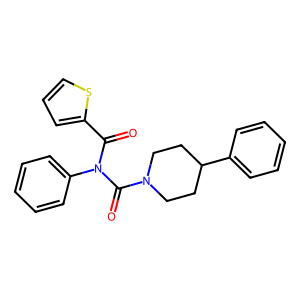
SMILES: O=C(c1cccs1)N(C(=O)N1CCC(c2ccccc2)CC1)c1ccccc1
Inhibits HIV replication: No